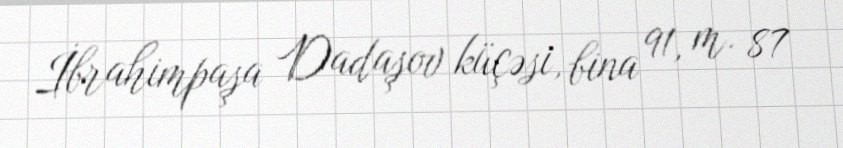
İbrahimpaşa Dadaşov küçəsi, bina 91, m. 87